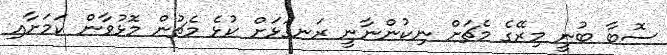
ސޮބާ ބުނީ މިރޭގެ މެޗަށް ނިކުންނާނީ ރަނގަޅަށް ކުޅެ މެޗުން މޮޅުވާން ކަމަށާއި